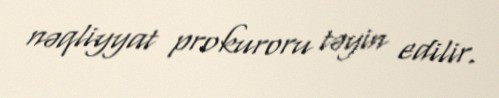
nəqliyyat prokuroru təyin edilir.